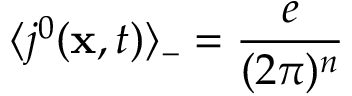
\langle j ^ { 0 } ( { \bf x } , t ) \rangle _ { - } = \frac { e } { ( 2 \pi ) ^ { n } }